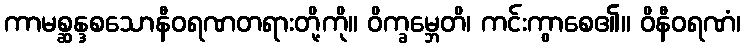
ကာမစ္ဆန္ဒစသောနီဝရဏတရားတို့ကို။ ဝိက္ခမ္ဘေတိ၊ ကင်းကွာစေ၏။ ဝိနီဝရဏံ၊